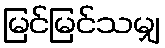
မြင်မြင်သမျှ